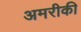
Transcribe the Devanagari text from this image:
अमरीकी